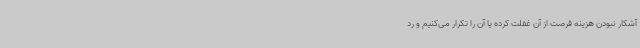
آشکار نبودن هزینه فرصت از آن غفلت کرده یا آن را تکرار می‌کنیم و رد